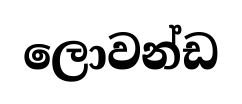
ලොවන්ඩ